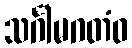
သင်္ဂါမဂတံဝ